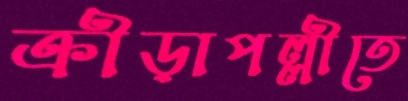
ক্রীড়াপল্লীতে